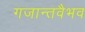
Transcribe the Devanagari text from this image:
गजान्तवैभव